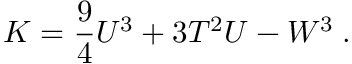
K = \frac { 9 } { 4 } U ^ { 3 } + 3 T ^ { 2 } U - W ^ { 3 } \; .